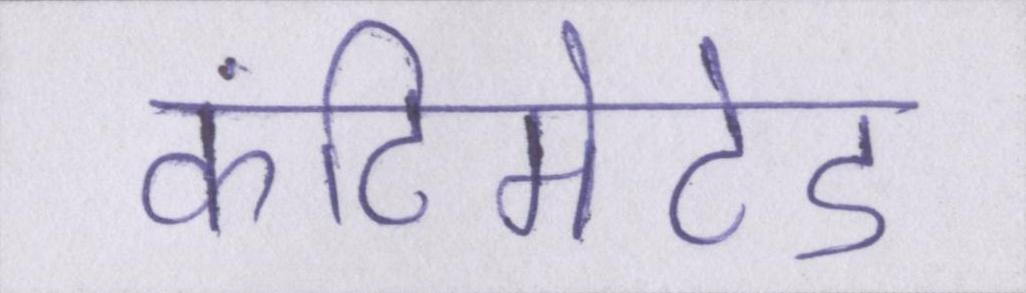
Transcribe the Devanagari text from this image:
कंटिमेटेड